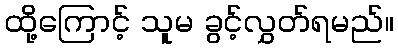
ထို့ကြောင့် သူမ ခွင့်လွှတ်ရမည်။